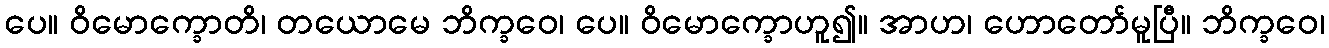
ပေ။ ဝိမောက္ခောတိ၊ တယောမေ ဘိက္ခဝေ၊ ပေ။ ဝိမောက္ခောဟူ၍။ အာဟ၊ ဟောတော်မူပြီ။ ဘိက္ခဝေ၊